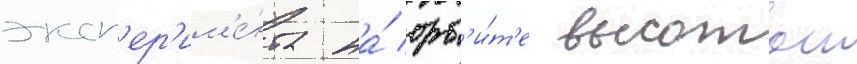
эксп'ер'им'е́нта на́ орб'и́т'е высотои